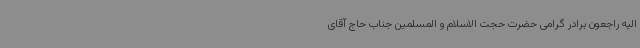
الیه راجعون برادر گرامی حضرت حجت الاسلام و المسلمین جناب حاج آقای